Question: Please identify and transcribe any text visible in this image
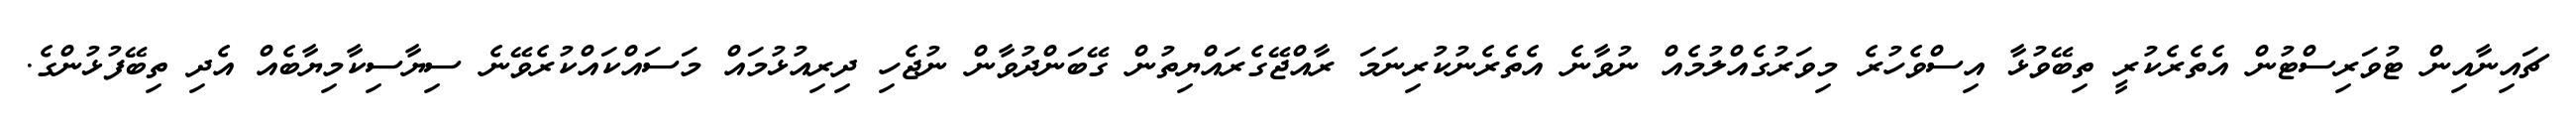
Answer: ޗައިނާއިން ޓުވަރިސްޓުން އެތެރެކުރީ ތިބޭވުޅާ އިސްވެހުރެ މިވަރުގެއްލުމެއް ނުވާނެ އެތެރެނުކުރިނަމަ ރާއްޖޭގެރައްޔިތުން ގޭބަންދުވާން ނުޖެހި ދިރިއުޅުމައް މަސައްކައްކުރެވޭނެ ސިޔާސިކާމިޔާބެއް އެދި ތިބޭފުޅުންގެ.